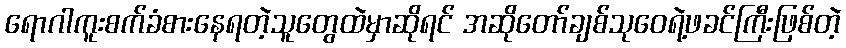
ရောဂါကူးစက်ခံစားနေရတဲ့သူတွေထဲမှာဆိုရင် အဆိုတော်ချစ်သုဝေရဲ့ဖခင်ကြီးဖြစ်တဲ့